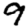
Digit: 9